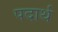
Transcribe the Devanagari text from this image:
पदार्थ